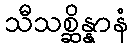
သီသစ္ဆိန္နာနံ